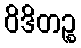
ဝိဒိတဉ္စ